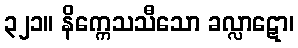
၃၂၁။ နိက္ကေသသီသော ခလ္လာဋော၊